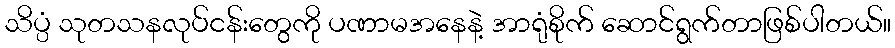
သိပ္ပံ သုတသနလုပ်ငန်းတွေကို ပဏာမအနေနဲ့ အာရုံစိုက် ဆောင်ရွက်တာဖြစ်ပါတယ်။